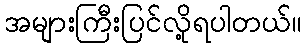
အများကြီးပြင်လို့ရပါတယ်။